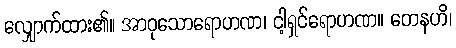
လျှောက်ထား၏။ အာဝုသောရောဟဏ၊ ငါ့ရှင်ရောဟဏ။ တေနဟိ၊